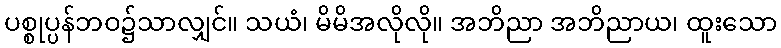
ပစ္စုပ္ပန်ဘဝ၌သာလျှင်။ သယံ၊ မိမိအလိုလို။ အဘိညာ အဘိညာယ၊ ထူးသော